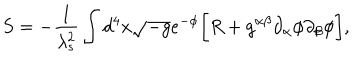
S = - \frac { 1 } { \lambda _ { s } ^ { 2 } } \int d ^ { 4 } x \sqrt { - g } e ^ { - \phi } \biggl [ R + g ^ { \alpha \beta } \partial _ { \alpha } \phi \partial _ { \beta } \phi \biggr ] ,